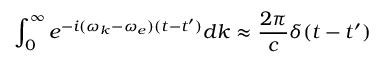
\int _ { 0 } ^ { \infty } e ^ { - i ( \omega _ { k } - \omega _ { e } ) ( t - t ^ { \prime } ) } d k \approx \frac { 2 \pi } { c } \delta ( t - t ^ { \prime } )